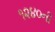
૧૨૪૦ની